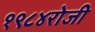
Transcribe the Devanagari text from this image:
१९८४रोजी